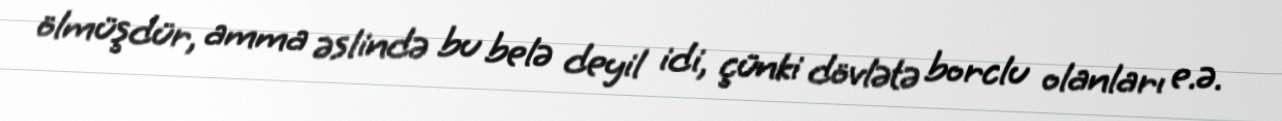
ölmüşdür, amma əslində bu belə deyil idi, çünki dövlətə borclu olanları e.ə.